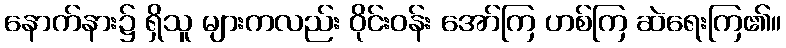
နောက်နား၌ ရှိသူ များကလည်း ဝိုင်းဝန်း အော်ကြ ဟစ်ကြ ဆဲရေးကြ၏။